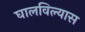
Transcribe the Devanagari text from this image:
घालविल्यास